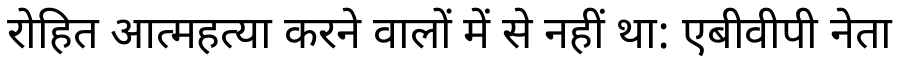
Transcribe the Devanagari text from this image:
रोहित आत्महत्या करने वालों में से नहीं था: एबीवीपी नेता